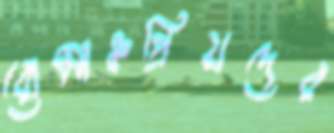
রোমাঞ্চপ্রিয়দের